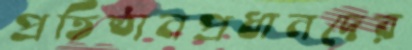
প্রতিষ্ঠানপ্রধানদের